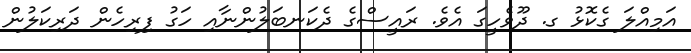
އަމިއްލަ ގެކޮޅު ގ. ދޫވެހީގަ އެވެ. ރައީސްގެ ދެކަނބަލުންނާއި ހަގު ފިރިހެން ދަރިކަލުން